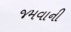
જમવાની